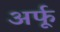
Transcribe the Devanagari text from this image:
अर्फू